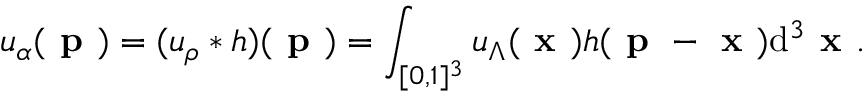
u _ { \alpha } ( \textbf { p } ) = ( u _ { \rho } * h ) ( \textbf { p } ) = \int _ { [ 0 , 1 ] ^ { 3 } } u _ { \Lambda } ( \textbf { x } ) h ( \textbf { p } - \textbf { x } ) \mathrm { d } ^ { 3 } \textbf { x } .